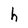
Character: h